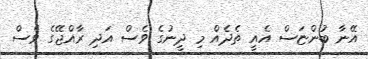
އޭނާ ބުންޏަސް އެއީ ތެދެއް މި ދީނުގެ ވެސް އަދި ރާއްޖޭގެ ވެސް